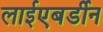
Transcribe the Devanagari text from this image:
लाईएबर्डीन